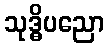
သုဒ္ဓိပညော